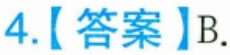
4.【答案】B.